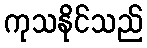
ကုသနိုင်သည်